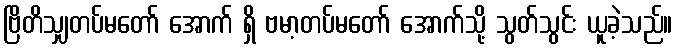
ဗြိတိသျှတပ်မတော် အောက် ရှိ ဗမာ့တပ်မတော် အောက်သို့ သွတ်သွင်း ယူခဲ့သည်။